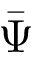
\bar { \Psi }